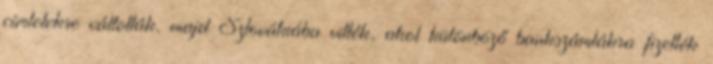
címletekre váltották, majd Szlovákiába vitték, ahol különböző bankszámlákra fizették